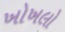
ખોખલો